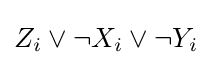
Z_{i}\vee \neg X_{i}\vee \neg Y_{i}